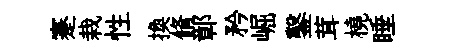
蹇栽性換脩鄣矜崛鑿茸橈睡